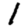
Digit: 1